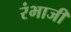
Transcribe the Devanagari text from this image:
रंभाजी